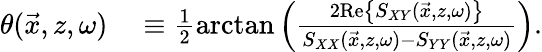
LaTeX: \begin{array}{rl}{\theta(\vec{x},z,\omega)}&{{}\equiv\frac{1}{2}\arctan\left(\frac{2\textrm{Re}\left\{ S_{XY}(\vec{x},z,\omega)\right\} }{S_{XX}(\vec{x},z,\omega)-S_{YY}(\vec{x},z,\omega)}\right).}\end{array}